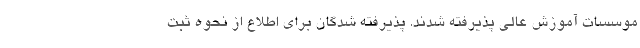
موسسات آموزش عالی پذیرفته شدند. پذیرفته شدگان برای اطلاع از نحوه ثبت